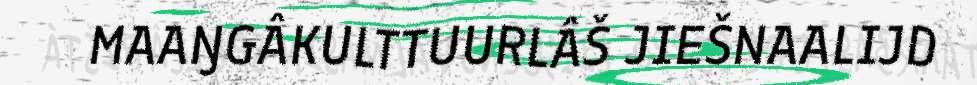
MAAŊGÂKULTTUURLÂŠ JIEŠNAALIJD